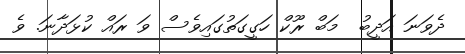
ދެވަނަ އަދީބު  މަބް ރޫކް ހަގީގަތުގައިވެސް ވަ ރައް ކުޅަދާނަ. ވެ